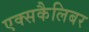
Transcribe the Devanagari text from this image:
एक्सकैलिबर